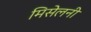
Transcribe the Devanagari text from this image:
मिसेलनी